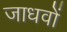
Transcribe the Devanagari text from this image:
जाधवों